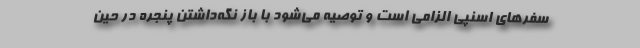
سفرهای اسنپی الزامی است و توصیه می‌شود با باز نگه‌داشتن پنجره در حین